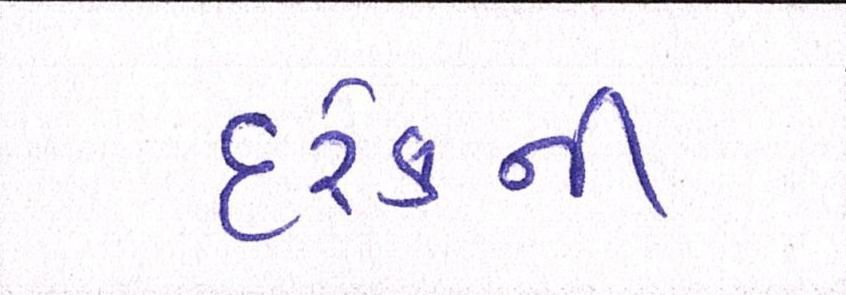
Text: દરેકની